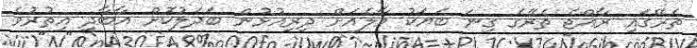
ތެރޭގައި ރާއްޖެ ތެރޭގެ ގިނަ ބަޔަކު މާލެއަށް ދިރިއުޅުން ބަދަލުކޮށް އާބާދީ އިތުރުވެ